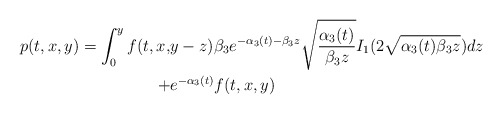
\begin{align*} p(t,x,y)=\int_{0}^{y}f(t,x,&y-z) \beta_3 e^{-\alpha_3(t)-\beta_3 z}\sqrt{\frac{\alpha_3(t)}{\beta_3 z}}I_1(2\sqrt{\alpha_3(t)\beta_3 z})dz \\ +& e^{-\alpha_3(t)}f(t,x,y)\end{align*}